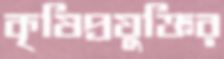
কৃষিপ্রযুক্তির